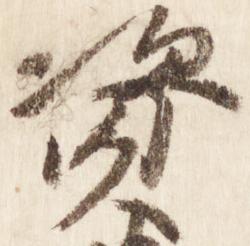
資